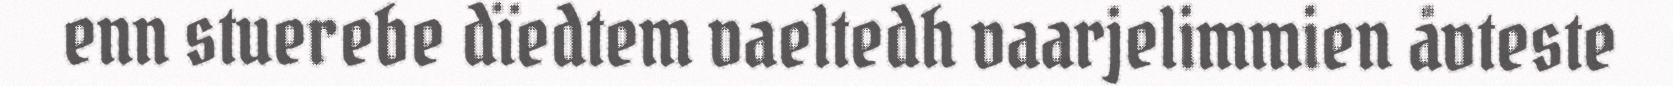
enn stuerebe dïedtem vaeltedh vaarjelimmien åvteste